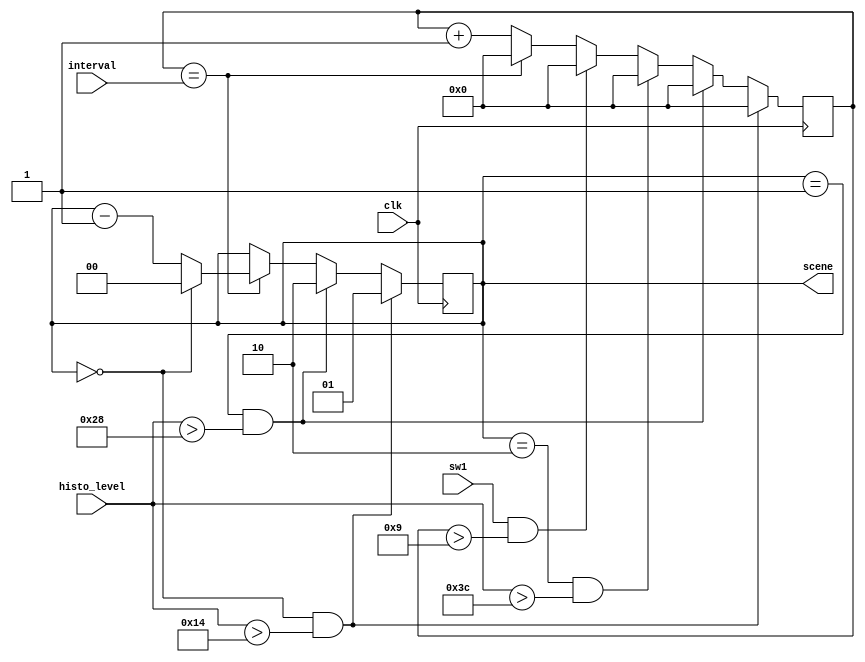
`timescale 1ns / 1ps
//////////////////////////////////////////////////////////////////////////////////
// Company: 
// Engineer: 
// 
// Design Name: 
// Module Name: desert_to_sakura
// Project Name: 
// Target Devices: 
// Tool Versions: 
// Description: 
// 
// Dependencies: 
// 
// Revision:
// Revision 0.01 - File Created
// Additional Comments:
// 
//////////////////////////////////////////////////////////////////////////////////


module desert_to_sakura(input clk, input [5:0] histo_level, input [31:0] interval, output reg [1:0] scene = 2, input sw1);
    reg [31:0] counter = 0;
    always @(posedge clk)begin
        if (sw1 && counter > 9) begin
            counter <= 0;
        end else begin
        counter <= (counter == interval) ? 0 : counter+1;
        end
        if (counter == interval) begin
        scene <= (scene == 0) ? 0 : scene - 1;
        end
        if (scene == 0 && histo_level > 20) begin
            counter <= 0;
            scene <= 1;
        end
        else if (scene == 1 && histo_level > 40) begin
            counter <= 0;
            scene <= 2;
        end else if (scene == 2 && histo_level > 60) begin
            counter <= 0;
        end
        
    end

endmodule